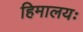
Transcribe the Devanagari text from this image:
हिमालयः